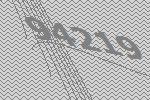
94219